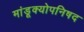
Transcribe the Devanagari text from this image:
मांडूक्योपनिषद